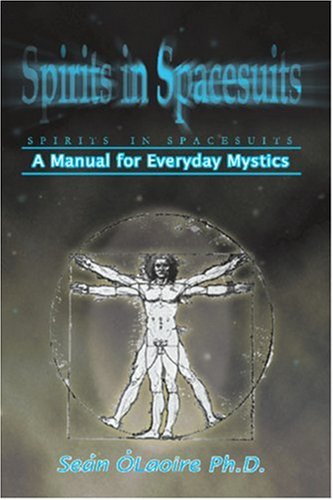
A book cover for Spirits in Spacesuits - A Manual for Everyday Mystics; Sean O'Laoire; Religion & Spirituality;